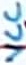
Text: VCC